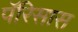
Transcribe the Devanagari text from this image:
पॅरिसास